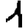
Digit: 1